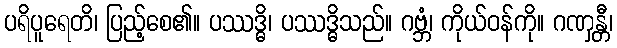
ပရိပူရေတိ၊ ပြည့်စေ၏။ ပဿဒ္ဓိ၊ ပဿဒ္ဓိသည်။ ဂဗ္ဘံ၊ ကိုယ်ဝန်ကို။ ဂဏှန္တီ၊